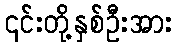
၎င်းတို့နှစ်ဦးအား